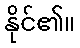
နိုင်၏။